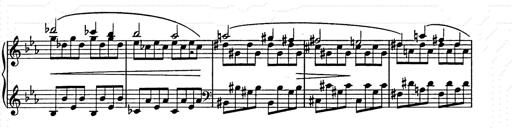
Title: Allegro di bravura
Composer: Carl Maria von Weber
Key: D major